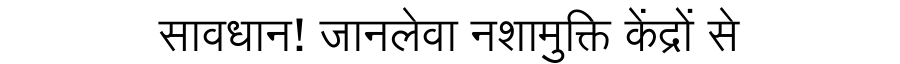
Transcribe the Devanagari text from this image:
सावधान! जानलेवा नशामुक्ति केंद्रों से